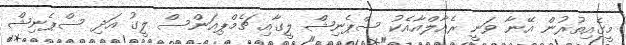
މީގެއިތުރުން އޭނާ ވަނީ ރެއާލްއާއެކު ސްޕެނިޝް ލީގާއި ޗެމްޕިއަންސް ލީގު އަދި ސްޕެނިޝް